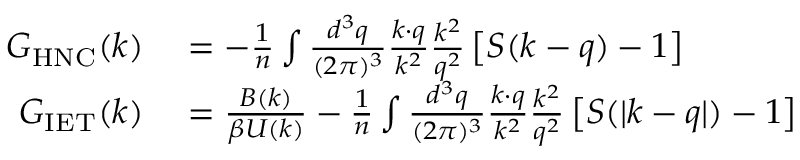
\begin{array} { r l } { G _ { \mathrm { H N C } } ( \boldsymbol { k } ) } & { { } = - \frac { 1 } { n } \int \frac { d ^ { 3 } q } { ( 2 \pi ) ^ { 3 } } \frac { \boldsymbol { k } \cdot \boldsymbol { q } } { k ^ { 2 } } \frac { k ^ { 2 } } { q ^ { 2 } } \left[ S ( \boldsymbol { k } - \boldsymbol { q } ) - 1 \right] } \\ { G _ { \mathrm { I E T } } ( \boldsymbol { k } ) } & { { } = \frac { { B } ( \boldsymbol { k } ) } { \beta { U } ( \boldsymbol { k } ) } - \frac { 1 } { n } \int \frac { d ^ { 3 } q } { ( 2 \pi ) ^ { 3 } } \frac { \boldsymbol { k } \cdot \boldsymbol { q } } { k ^ { 2 } } \frac { k ^ { 2 } } { q ^ { 2 } } \left[ S ( | \boldsymbol { k } - \boldsymbol { q } | ) - 1 \right] } \end{array}